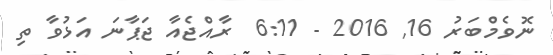
ނޮވެމްބަރު 16